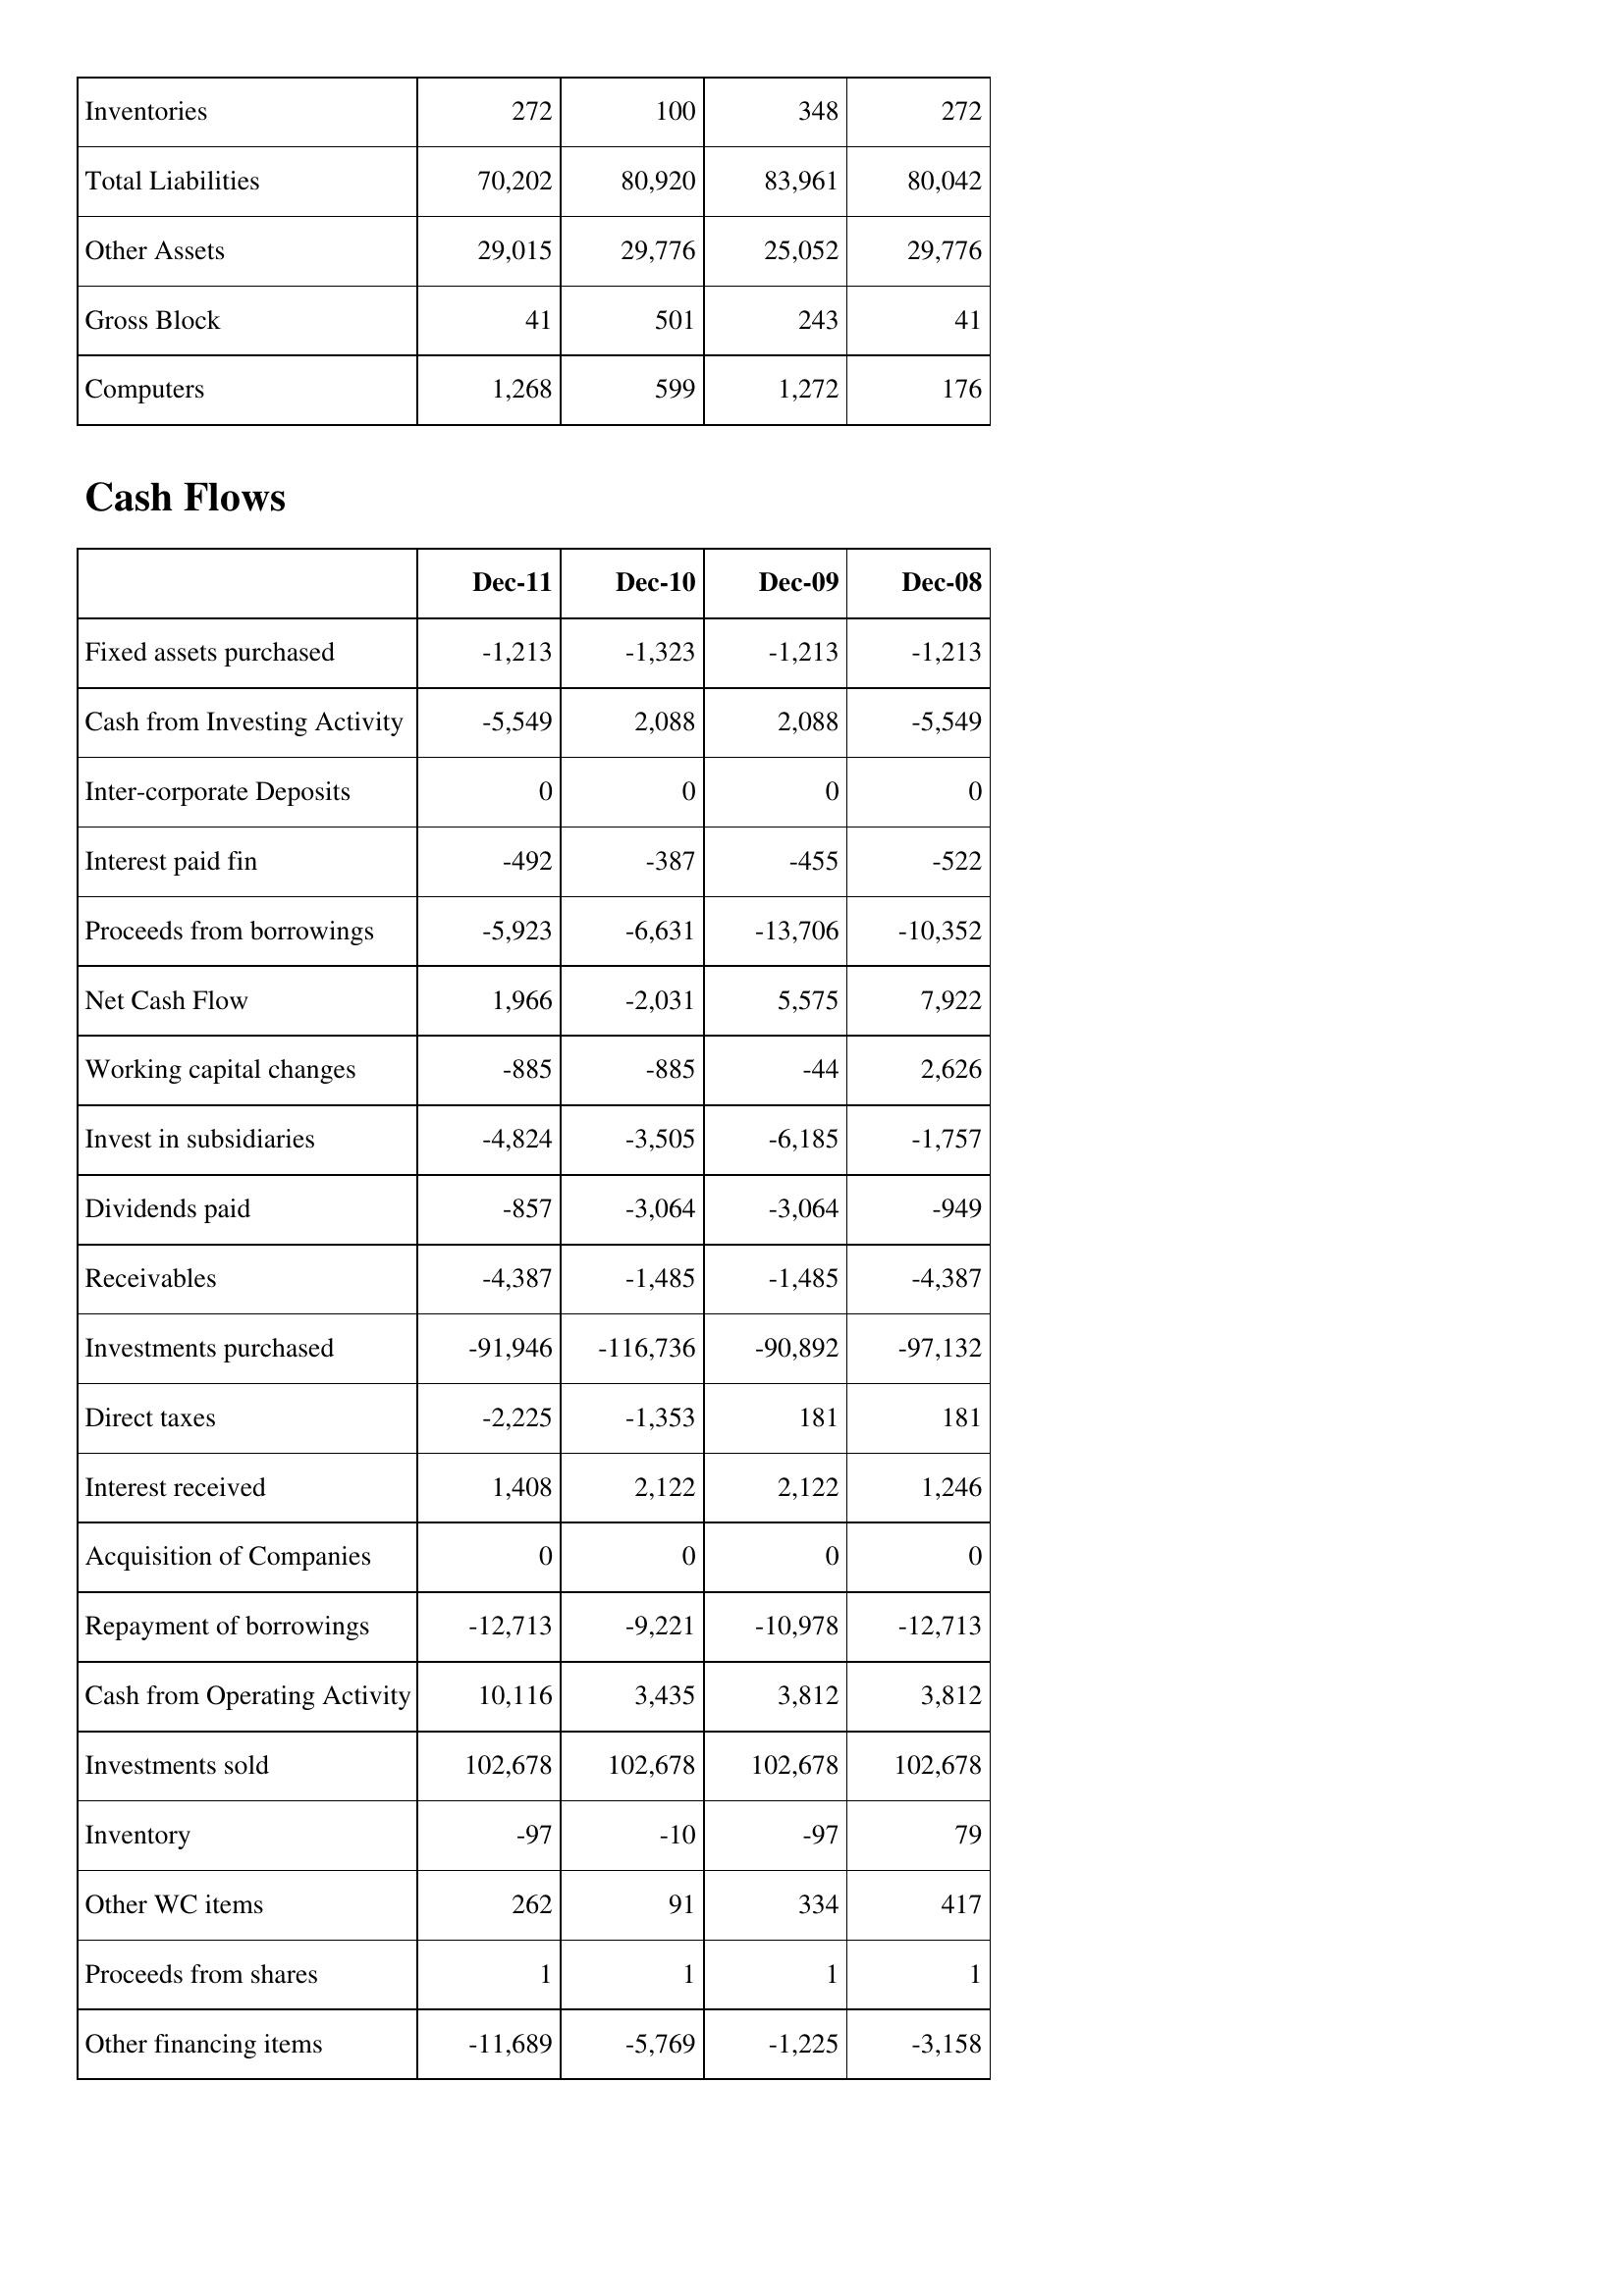
Dec-11: Balance Sheet: Inventories: 272
Total Liabilities: 70,202
Other Assets: 29,015
Gross Block: 41
Computers: 1,268
Cash Flows: Fixed assets purchased: -1,213
Cash from Investing Activity: -5,549
Inter-corporate Deposits: 0
Interest paid fin: -492
Proceeds from borrowings: -5,923
Net Cash Flow: 1,966
Working capital changes: -885
Invest in subsidiaries: -4,824
Dividends paid: -857
Receivables: -4,387
Investments purchased: -91,946
Direct taxes: -2,225
Interest received: 1,408
Acquisition of Companies: 0
Repayment of borrowings: -12,713
Cash from Operating Activity: 10,116
Investments sold: 102,678
Inventory: -97
Other WC items: 262
Proceeds from shares: 1
Other financing items: -11,689
Dec-10: Balance Sheet: Inventories: 100
Total Liabilities: 80,920
Other Assets: 29,776
Gross Block: 501
Computers: 599
Cash Flows: Fixed assets purchased: -1,323
Cash from Investing Activity: 2,088
Inter-corporate Deposits: 0
Interest paid fin: -387
Proceeds from borrowings: -6,631
Net Cash Flow: -2,031
Working capital changes: -885
Invest in subsidiaries: -3,505
Dividends paid: -3,064
Receivables: -1,485
Investments purchased: -116,736
Direct taxes: -1,353
Interest received: 2,122
Acquisition of Companies: 0
Repayment of borrowings: -9,221
Cash from Operating Activity: 3,435
Investments sold: 102,678
Inventory: -10
Other WC items: 91
Proceeds from shares: 1
Other financing items: -5,769
Dec-09: Balance Sheet: Inventories: 348
Total Liabilities: 83,961
Other Assets: 25,052
Gross Block: 243
Computers: 1,272
Cash Flows: Fixed assets purchased: -1,213
Cash from Investing Activity: 2,088
Inter-corporate Deposits: 0
Interest paid fin: -455
Proceeds from borrowings: -13,706
Net Cash Flow: 5,575
Working capital changes: -44
Invest in subsidiaries: -6,185
Dividends paid: -3,064
Receivables: -1,485
Investments purchased: -90,892
Direct taxes: 181
Interest received: 2,122
Acquisition of Companies: 0
Repayment of borrowings: -10,978
Cash from Operating Activity: 3,812
Investments sold: 102,678
Inventory: -97
Other WC items: 334
Proceeds from shares: 1
Other financing items: -1,225
Dec-08: Balance Sheet: Inventories: 272
Total Liabilities: 80,042
Other Assets: 29,776
Gross Block: 41
Computers: 176
Cash Flows: Fixed assets purchased: -1,213
Cash from Investing Activity: -5,549
Inter-corporate Deposits: 0
Interest paid fin: -522
Proceeds from borrowings: -10,352
Net Cash Flow: 7,922
Working capital changes: 2,626
Invest in subsidiaries: -1,757
Dividends paid: -949
Receivables: -4,387
Investments purchased: -97,132
Direct taxes: 181
Interest received: 1,246
Acquisition of Companies: 0
Repayment of borrowings: -12,713
Cash from Operating Activity: 3,812
Investments sold: 102,678
Inventory: 79
Other WC items: 417
Proceeds from shares: 1
Other financing items: -3,158